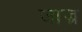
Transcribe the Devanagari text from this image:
जाज्र